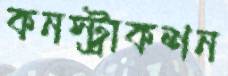
কনস্ট্রাকশন